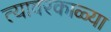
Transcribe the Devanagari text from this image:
त्यावरकाळ्या